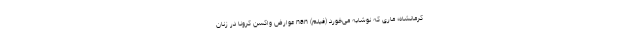
کرمانشاه؛ ماری که نوشابه می‌خورد (فیلم) nan عوارض واکسن کرونا در زنان